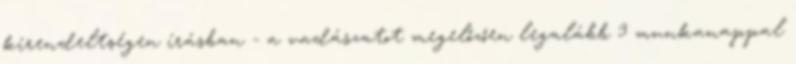
kirendeltségen írásban - a vadászatot megelőzően legalább 3 munkanappal